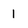
Character: 1